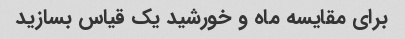
برای مقایسه ماه و خورشید یک قیاس بسازید